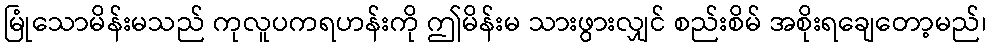
မြုံသောမိန်းမသည် ကုလူပကရဟန်းကို ဤမိန်းမ သားဖွားလျှင် စည်းစိမ် အစိုးရချေတော့မည်၊